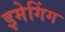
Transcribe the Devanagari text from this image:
इमेगिंग